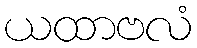
ယထာဗလံ